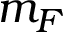
m _ { F }